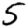
Digit: 5